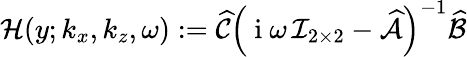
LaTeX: \mathcal{H}(y;k_{x},k_{z},\omega):=\widehat{\mathcal{C}}\left(\mathrm{~i~}\omega\, \mathcal{I}_{2\times 2}-\widehat{\mathcal{A}}\right)^{-1}\widehat{\mathcal{B}}